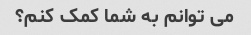
می توانم به شما کمک کنم؟